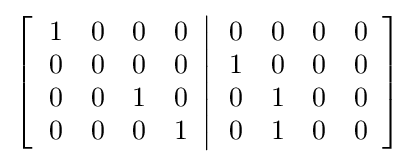
\left[\left.{\begin{array}{cccc}1&0&0&0\\0&0&0&0\\0&0&1&0\\0&0&0&1\end{array}}\right\vert {\begin{array}{cccc}0&0&0&0\\1&0&0&0\\0&1&0&0\\0&1&0&0\end{array}}\right]